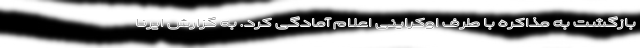
بازگشت به مذاکره با طرف اوکراینی اعلام آمادگی کرد. به گزارش ایرنا